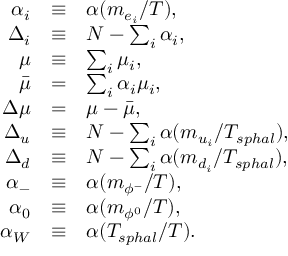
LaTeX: \begin{array} { r c l } { { \alpha _ { i } } } & { { \equiv } } & { { \alpha ( { m _ { e _ { i } } } / { T } ) , } } \\ { { \Delta _ { i } } } & { { \equiv } } & { { N - \sum _ { i } \alpha _ { i } , } } \\ { { \mu } } & { { \equiv } } & { { \sum _ { i } \mu _ { i } , } } \\ { { { \bar { \mu } } } } & { { = } } & { { \sum _ { i } \alpha _ { i } \mu _ { i } , } } \\ { { \Delta \mu } } & { { = } } & { { \mu - { \bar { \mu } } , } } \\ { { \Delta _ { u } } } & { { \equiv } } & { { N - \sum _ { i } \alpha ( { m _ { u _ { i } } } / { T _ { s p h a l } } ) , } } \\ { { \Delta _ { d } } } & { { \equiv } } & { { N - \sum _ { i } \alpha ( { m _ { d _ { i } } } / { T _ { s p h a l } } ) , } } \\ { { \alpha _ { - } } } & { { \equiv } } & { { \alpha ( { m _ { \phi ^ { - } } } / { T } ) , } } \\ { { \alpha _ { 0 } } } & { { \equiv } } & { { \alpha ( { m _ { \phi ^ { 0 } } } / { T } ) , } } \\ { { \alpha _ { W } } } & { { \equiv } } & { { \alpha ( { T _ { s p h a l } } / { T } ) . } } \end{array}